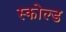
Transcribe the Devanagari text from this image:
स्कोल्ड